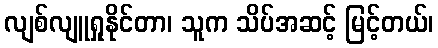
လျစ်လျူရှုနိုင်တာ၊ သူက သိပ်အဆင့် မြင့်တယ်၊